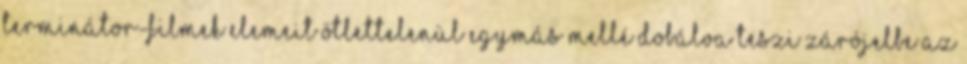
Terminátor-filmek elemeit ötlettelenül egymás mellé dobálva teszi zárójelbe az